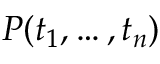
P ( t _ { 1 } , \ldots , t _ { n } )